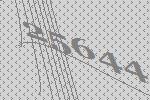
25644